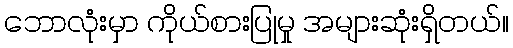
ဘောလုံးမှာ ကိုယ်စားပြုမှု အများဆုံးရှိတယ်။